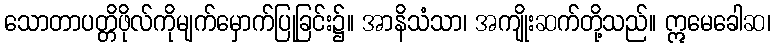
သောတာပတ္တိဖိုလ်ကိုမျက်မှောက်ပြုခြင်း၌။ အာနိသံသာ၊ အကျိုးဆက်တို့သည်။ ဣမေခေါဆ၊